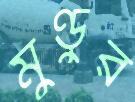
মুণ্ডুর